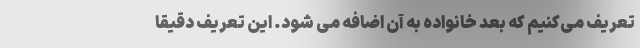
تعریف می‌کنیم که بعد خانواده به آن اضافه می شود. این تعریف دقیقا